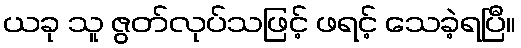
ယခု သူ ဇွတ်လုပ်သဖြင့် ဖရင့် သေခဲ့ရပြီ။